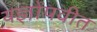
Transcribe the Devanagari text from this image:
यज्ञोंपवीत